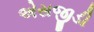
એસજીડી